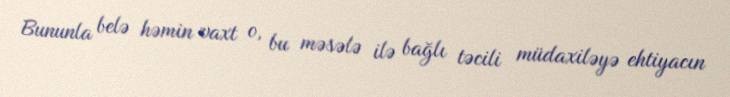
Bununla belə həmin vaxt o, bu məsələ ilə bağlı təcili müdaxiləyə ehtiyacın